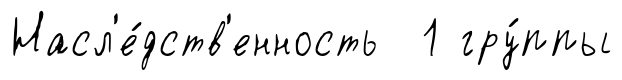
Насл'е́дств'енность 1 гру́ппы